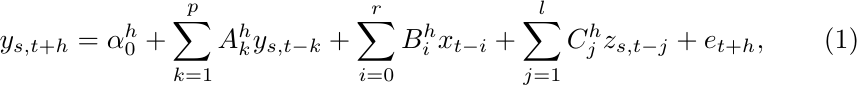
\begin{equation}
y_{s,t+h}=\alpha_{0}^{h}+ \sum_{k=1}^pA_{k}^{h}y_{s,t-k}+\sum_{i=0}^rB_{i}^{h}x_{t-i}+ \sum_{j=1}^lC_{j}^{h}z_{s,t-j}+e_{t+h},
\label{Equ_LP}
\end{equation}